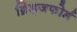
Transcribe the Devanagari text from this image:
ब्रिड्जफोर्ड